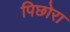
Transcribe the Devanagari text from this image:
पिछोरा